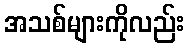
အသစ်များကိုလည်း